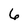
Character: 6